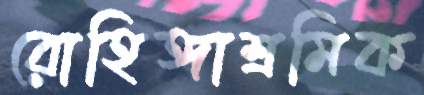
রোহিঙ্গাশ্রমিক